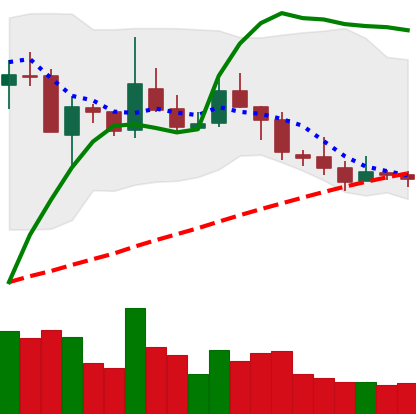
Ticker: TRX-USD
Chart end date: 2019-02-17
Forward return: 5.626%
Label: up_5_7